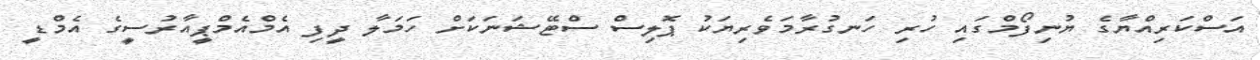
އަސްކަރިއްޔާގެ ޔުނިފޯމްގައި ހުރި ހަނގުރާމަވެރިޔަކު ޕޮލިސް ސްޓޭޝަނަކަށް ހަމަލާ ދީފި އެމްއެމްޕީއާރުސީގެ އެމްޑީ